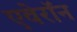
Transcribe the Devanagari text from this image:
एवेरॉन